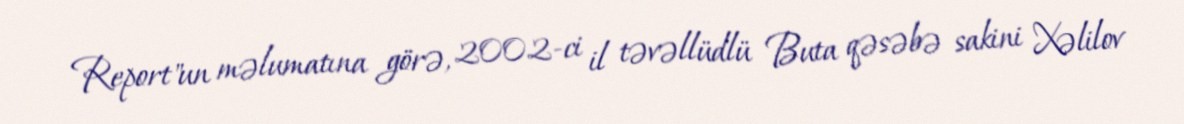
Report"un məlumatına görə, 2002-ci il təvəllüdlü Buta qəsəbə sakini Xəlilov